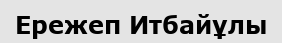
Ережеп Итбайұлы